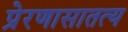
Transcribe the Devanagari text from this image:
प्रेरणासातत्य